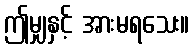
ဤမျှနှင့် အားမရသေး။